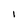
Character: 1